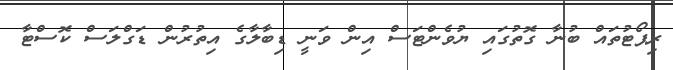
ރިޕޯޓުތައް ބުނާ ގޮތުގައި ޔުވެންޓަސް އިން ވަނީ ޑިބާލާގެ އިތުރުން ޑަގްލަސް ކޮސްޓާ